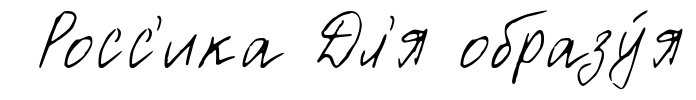
Росс'ика Дл'я образу́я